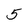
Character: 5